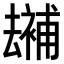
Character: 𠬕